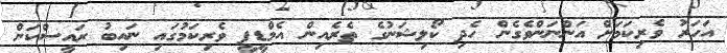
އަހަރު ވެރިކަމަށް އަންނަންވެގެން ހެދި ކޯލިޝަނުގެ ތެރެއިން އެމްޑީޕީ ވެރިކަމުގައި ނައިބު ރައީސްކަން